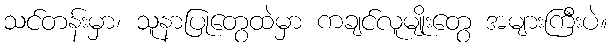
သင်တန်းမှာ၊ သူနာပြုတွေထဲမှာ ကချင်လူမျိုးတွေ အများကြီးပဲ။